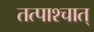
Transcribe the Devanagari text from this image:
तत्पाश्चात्